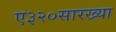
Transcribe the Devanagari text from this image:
ए३२०सारख्या